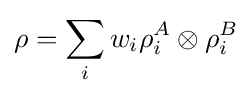
\rho =\sum _{i}w_{i}\rho _{i}^{A}\otimes \rho _{i}^{B}